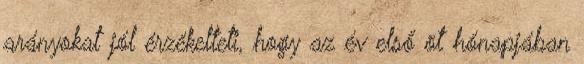
arányokat jól érzékelteti, hogy az év első öt hónapjában